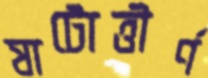
ষাটোত্তীর্ণ